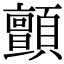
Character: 顫